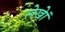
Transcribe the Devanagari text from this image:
लेखेां